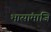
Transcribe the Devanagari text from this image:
भासांमाजि